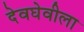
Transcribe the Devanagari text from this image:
देवघेवीला